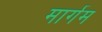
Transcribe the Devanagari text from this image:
मार्गम